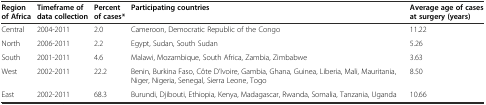
<table><thead><tr><td><b>Region of Africa</b></td><td><b>Timeframe of data collection</b></td><td><b>Percent of cases*</b></td><td><b>Participating countries</b></td><td><b>Average age of cases at surgery (years)</b></td></tr></thead><tbody><tr><td>Central</td><td>2004-2011</td><td>2.0</td><td>Cameroon, Democratic Republic of the Congo</td><td>11.22</td></tr><tr><td>North</td><td>2006-2011</td><td>2.2</td><td>Egypt, Sudan, South Sudan</td><td>5.26</td></tr><tr><td>South</td><td>2001-2011</td><td>4.6</td><td>Malawi, Mozambique, South Africa, Zambia, Zimbabwe</td><td>3.63</td></tr><tr><td>West</td><td>2002-2011</td><td>22.2</td><td>Benin, Burkina Faso, Côte D’Ivoire, Gambia, Ghana, Guinea, Liberia, Mali, Mauritania, Niger, Nigeria, Senegal, Sierra Leone, Togo</td><td>8.50</td></tr><tr><td>East</td><td>2002-2011</td><td>68.3</td><td>Burundi, Djibouti, Ethiopia, Kenya, Madagascar, Rwanda, Somalia, Tanzania, Uganda</td><td>10.66</td></tr></tbody></table>